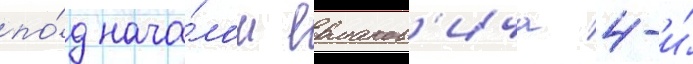
по́д нача́лом ермаков'ича 4-и́